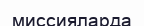
миссияларда